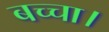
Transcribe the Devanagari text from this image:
बच्चा।